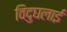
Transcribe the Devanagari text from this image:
विदुघलाई